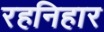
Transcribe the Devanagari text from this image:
रहनिहार